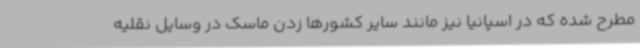
مطرح شده که در اسپانیا نیز مانند سایر کشورها زدن ماسک در وسایل نقلیه